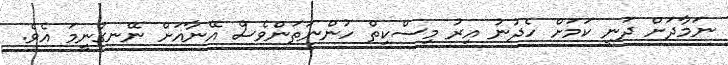
ނަމާދަށް ދަނީ ކަމަށް ހެދުނު އިރު މިސްކިތް ހުންނަތަންވެސް އޭނާއަށް ނޭނގުނީމަ އެވެ.